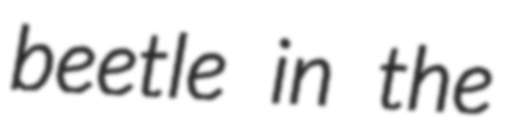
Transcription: beetle in the